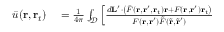
\begin{array} { r l } { \bar { u } ( \mathbf { r } , \mathbf { r } _ { t } ) } & { { } = \frac { 1 } { 4 \pi } \int _ { \mathcal { D } } \left[ \frac { d \mathbf { L } ^ { \prime } \cdot \left( \bar { F } ( \mathbf { r } , \mathbf { r } ^ { \prime } , \mathbf { r } _ { t } ) \mathbf { r } + F ( \mathbf { r } , \mathbf { r } ^ { \prime } ) \mathbf { r } _ { t } \right) } { F ( \mathbf { r } , \mathbf { r } ^ { \prime } ) \tilde { F } ( \tilde { \mathbf { r } } , \tilde { \mathbf { r } } ^ { \prime } ) } \right. } \end{array}